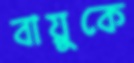
বায়ুকে